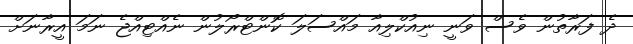
ދެ ފަރާތުން ވެސް ވަނީ ނިއުކްލިއާ މައްސަލަ ކޮންޓްރޯލުން ނެއްޓިއްޖެ ނަމަ އީރާނަށް